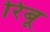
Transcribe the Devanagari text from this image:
रिबू